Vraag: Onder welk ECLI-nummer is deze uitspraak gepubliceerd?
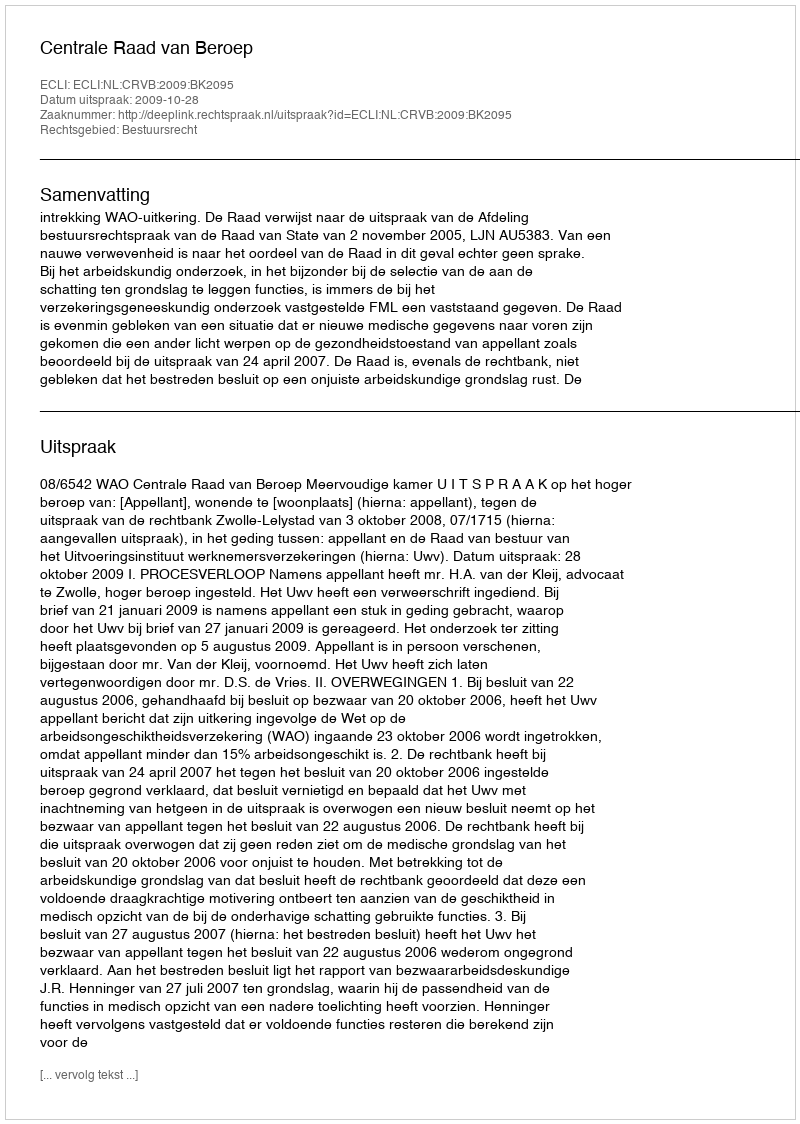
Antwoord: ECLI:NL:CRVB:2009:BK2095